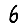
Digit: 6